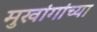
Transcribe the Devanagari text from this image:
मुखांगांच्या